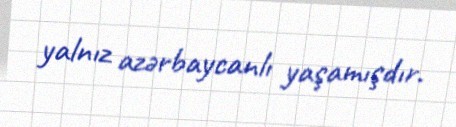
yalnız azərbaycanlı yaşamışdır.